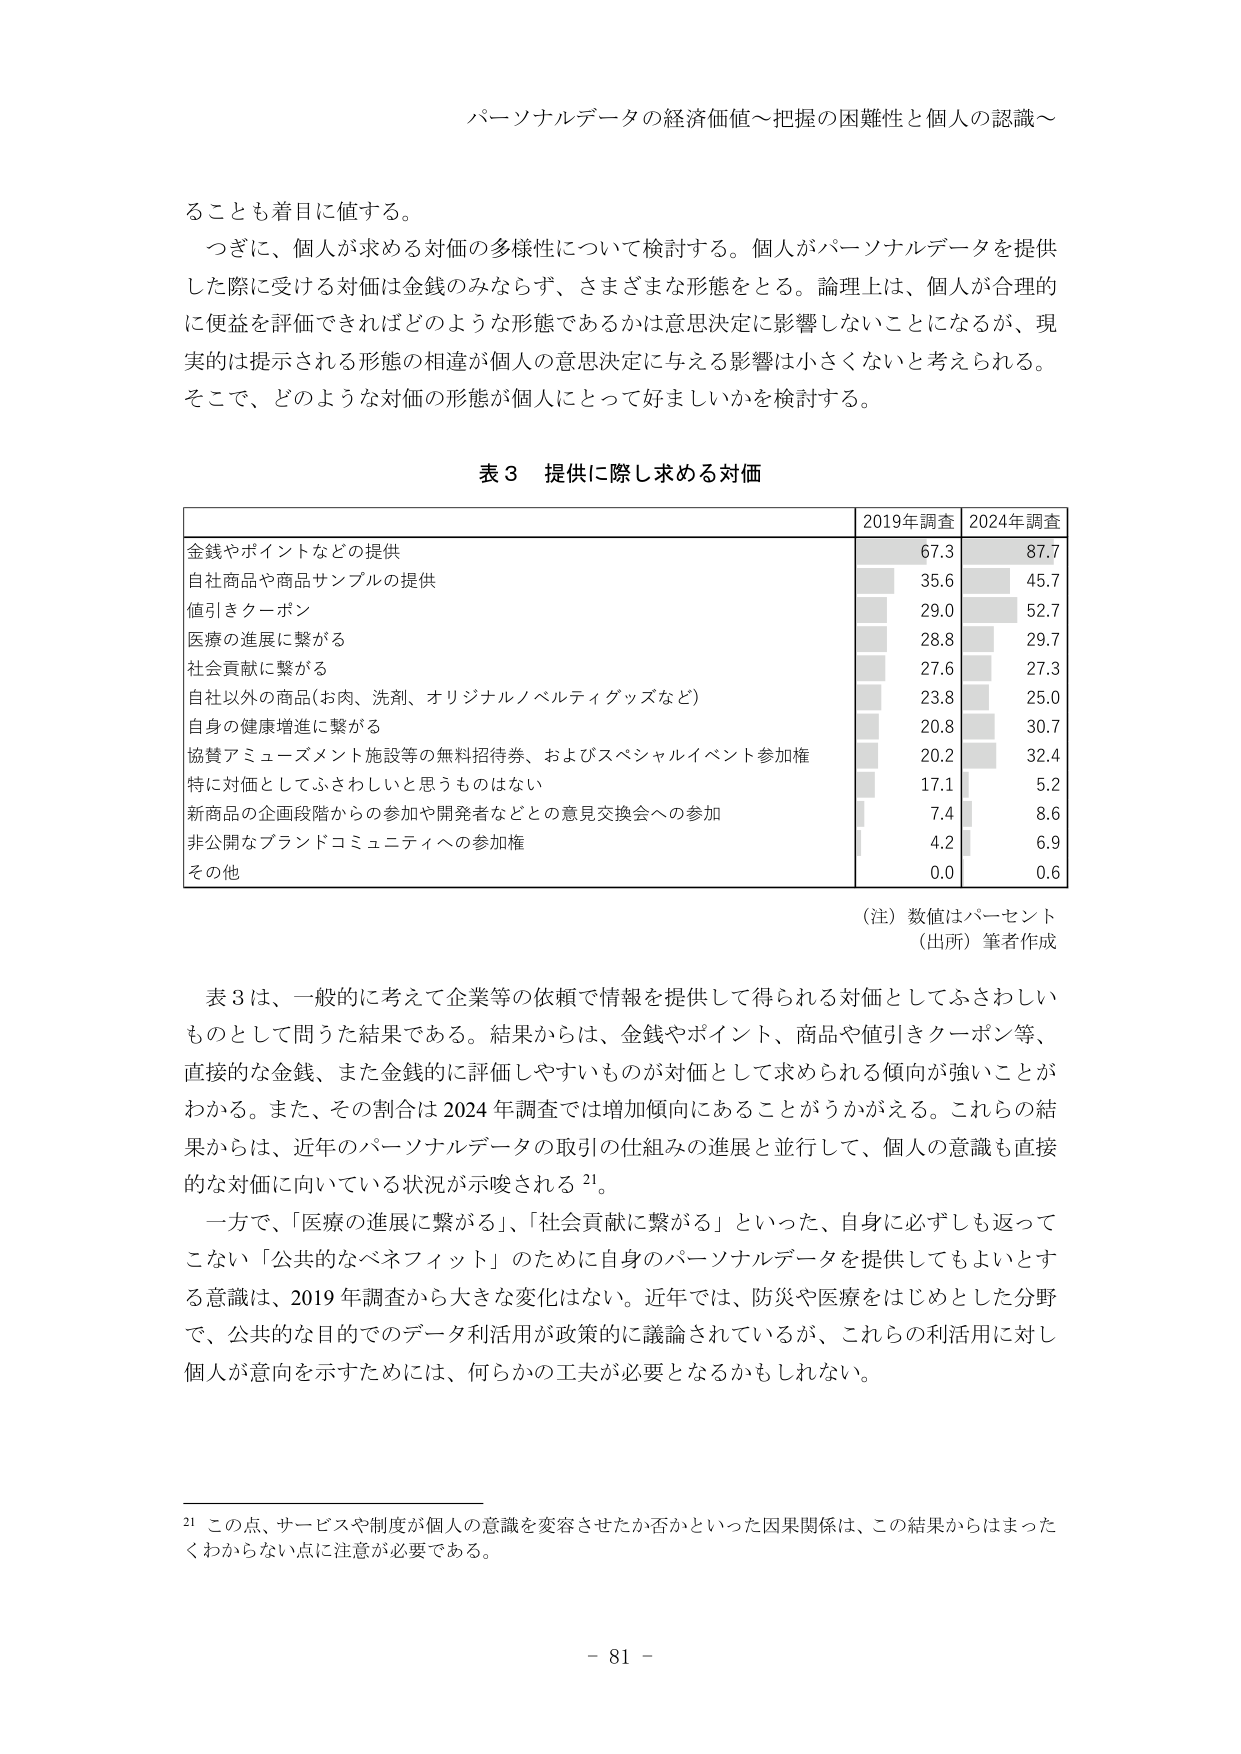
パーソナルデータの経済価値～把握の困難性と個人の認識～

ることも着目に値する。
つぎに、個人が求める対価の多様性について検討する。個人がパーソナルデータを提供した際に受ける対価は金銭のみならず、さまざまな形態をとる。理論上は、個人が合理的に便益を評価できればどのような形態であるかは意思決定に影響しないことになるが、現実は提示される形態の相違が個人の意思決定に与える影響は小さくないと考えられる。そこで、どのような対価の形態が個人にとって好ましいかを検討する。

表3 提供に際し求める対価

| | 2019年調査 | 2024年調査 |
|---|---|---|
| 金銭やポイントなどの提供 | 67.3 | 87.7 |
| 自社商品や商品サンプルの提供 | 35.6 | 45.7 |
| 値引きクーポン | 29.0 | 52.7 |
| 医療の進展に繋がる | 28.8 | 29.7 |
| 社会貢献に繋がる | 27.6 | 27.3 |
| 自社以外の商品(お肉、洗剤、オリジナルノベルティグッズなど) | 23.8 | 25.0 |
| 自身の健康増進に繋がる | 20.8 | 30.7 |
| 協賛アミューズメント施設等の無料招待券、およびスペシャルイベント参加権 | 20.2 | 32.4 |
| 特に対価としてふさわしいと思うものはない | 17.1 | 5.2 |
| 新商品の企画段階からの参加や開発者などとの意見交換会への参加 | 7.4 | 8.6 |
| 非公開なブランドコミュニティへの参加権 | 4.2 | 6.9 |
| その他 | 0.0 | 0.6 |

（注）数値はパーセント
（出所）筆者作成

表3は、一般的に考えて企業等の依頼で情報を提供して得られる対価としてふさわしいものとして問うた結果である。結果からは、金銭やポイント、商品や値引きクーポン等、直接的な金銭、また金銭的に評価しやすいものが対価として求められる傾向が強いことがわかる。また、その割合は2024年調査では増加傾向にあることがうかがえる。これらの結果からは、近年のパーソナルデータの取引の仕組みの進展と並行して、個人の意識も直接的な対価に向いている状況が示唆される21。

一方で、「医療の進展に繋がる」、「社会貢献に繋がる」といった、自身に必ずしも返ってこない「公共的なベネフィット」のために自身のパーソナルデータを提供してもよいとする意識は、2019年調査から大きな変化はない。近年では、防災や医療をはじめとした分野で、公共的目的でのデータ利活用が政策的に議論されているが、これらの利活用に対し個人が意向を示すためには、何らかの工夫が必要となるかもしれない。

21 この点、サービスや制度が個人の意識を変容させたか否かといった因果関係は、この結果からはまったくわからない点に注意が必要である。

- 81 -